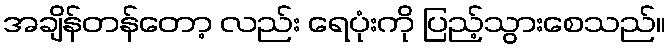
အချိန်တန်တော့ လည်း ရေပုံးကို ပြည့်သွားစေသည်။